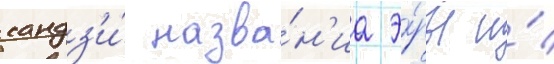
кандз'и́ назва́н'иа э́ры и́